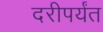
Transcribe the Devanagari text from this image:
दरीपर्यंत